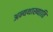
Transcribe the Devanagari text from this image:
अन्यथाख्याति